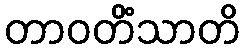
တာဝတိံသာတိ